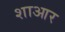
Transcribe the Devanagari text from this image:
शाआर